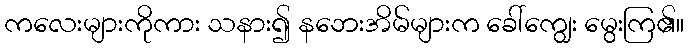
ကလေးများကိုကား သနား၍ နဘေးအိမ်များက ခေါ်ကျွေး မွေးကြ၏။